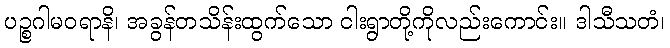
ပဉ္စဂါမဝရာနိ၊ အခွန်တသိန်းထွက်သော ငါးရွာတို့ကိုလည်းကောင်း။ ဒါသီသတံ၊